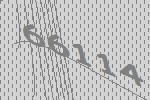
66114